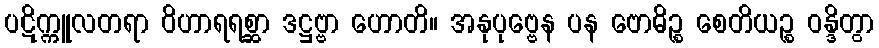
ပဋိက္ကူလတရာ ဝိဟာရရစ္ဆာ ဒဋ္ဌဗ္ဗာ ဟောတိ။ အနုပုဗ္ဗေန ပန ဗောဓိဉ္စ စေတိယဉ္စ ဝန္ဒိတွာ